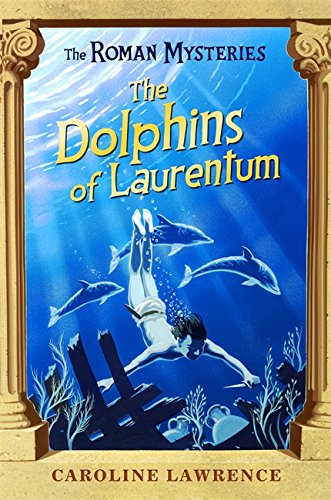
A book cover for The Dolphins of Laurentum (The Roman Mysteries); Caroline Lawrence; Teen & Young Adult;